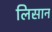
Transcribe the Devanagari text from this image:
लिसान